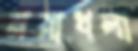
মরাখলা